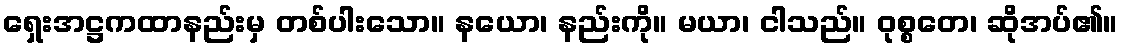
ရှေးအဋ္ဌကထာနည်းမှ တစ်ပါးသော။ နယော၊ နည်းကို။ မယာ၊ ငါသည်။ ဝုစ္စတေ၊ ဆိုအပ်၏။